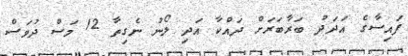
ފައިސާގެ އަދަދު ބަރާބަރަށް ދައްކާ އަދި ލޯނު ނެގިތާ 12 މަސް ދުވަސް